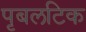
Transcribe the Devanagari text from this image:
पृबलटिक